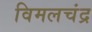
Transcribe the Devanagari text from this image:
विमलचंद्र